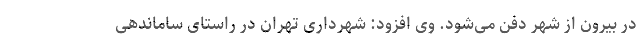
در بیرون از شهر دفن می‌شود. وی افزود: شهرداری تهران در راستای ساماندهی